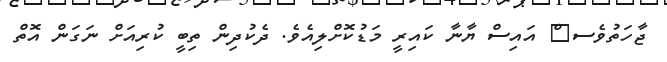
ޖާހަތުވެސ	ް އައިސް ޔާނާ ކައިރީ މަޑުކޮށްލިއެވެ. ދެކުދިން ތިބީ ކުރިއަށް ނަގަން އޮތް